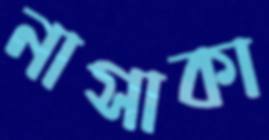
নাসাকা